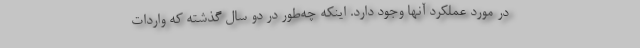
در مورد عملکرد آنها وجود دارد. اینکه چه‌طور در دو سال گذشته که واردات